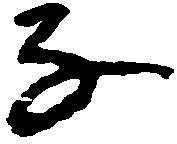
な